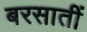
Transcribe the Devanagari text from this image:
बरसातीं